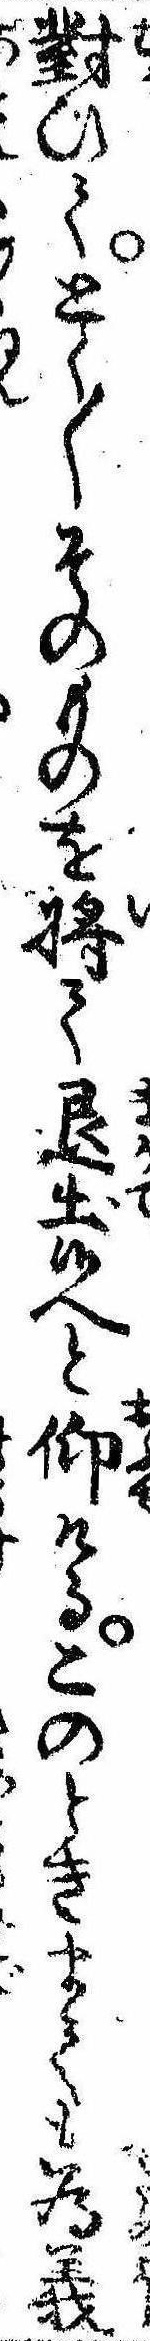
対ひてとく〱そのものを将て退出候へと仰けるこのときまても為義